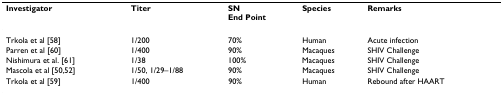
| Investigator | Titer | SNEnd Point | Species | Remarks |
 | --- | --- | --- | --- | --- |
 | Trkola et al [58] | 1/200 | 70% | Human | Acute infection |
 | Parren et al [60] | 1/400 | 90% | Macaques | SHIV Challenge |
 | Nishimura et al. [61] | 1/38 | 100% | Macaques | SHIV Challenge |
 | Mascola et al [50,52] | 1/50, 1/29–1/88 | 90% | Macaques | SHIV Challenge |
 | Trkola et al [59] | 1/400 | 90% | Human | Rebound after HAART |